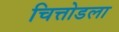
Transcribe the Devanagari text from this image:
चित्तोडला